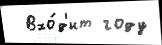
  Вхо́д'ит году